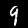
Label: 9